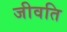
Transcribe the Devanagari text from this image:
जीवति